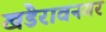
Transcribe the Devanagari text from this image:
खंडेरावनगर